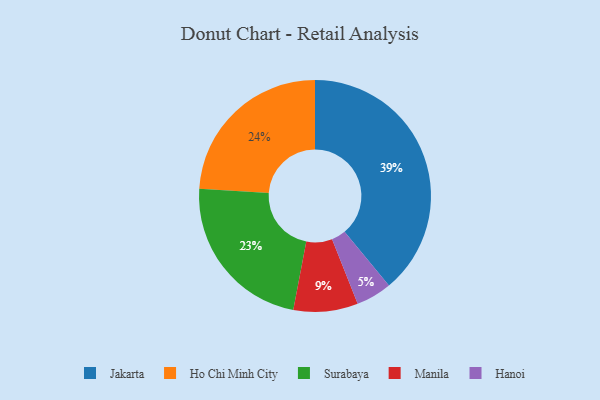
{"axis": {"x": "Category", "y": "Percentage"}, "legend": ["Hanoi", "Ho Chi Minh City", "Jakarta", "Manila", "Surabaya"], "data": [{"x": "Hanoi", "y": 5, "type": "Hanoi"}, {"x": "Surabaya", "y": 23, "type": "Surabaya"}, {"x": "Ho Chi Minh City", "y": 24, "type": "Ho Chi Minh City"}, {"x": "Manila", "y": 9, "type": "Manila"}, {"x": "Jakarta", "y": 39, "type": "Jakarta"}]}